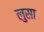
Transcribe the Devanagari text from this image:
लुसा